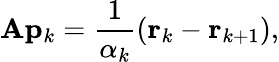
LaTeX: \mathbf{A}\mathbf{p}_{k}={\frac{1}{\alpha_{k}}}(\mathbf{r}_{k}-\mathbf{r}_{k+1}),